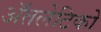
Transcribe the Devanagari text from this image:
ॲतलेटिको